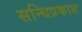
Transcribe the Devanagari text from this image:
सन्धिप्रकाश